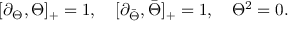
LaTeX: [ \partial _ { \Theta } , \Theta ] _ { + } = 1 , \quad [ \partial _ { \bar { \Theta } } , \bar { \Theta } ] _ { + } = 1 , \quad \Theta ^ { 2 } = 0 .